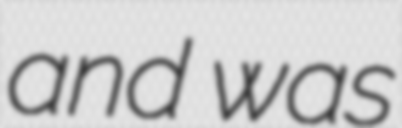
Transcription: and was